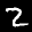
Label: 2